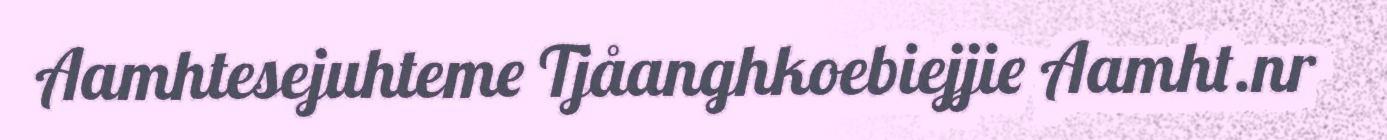
Aamhtesejuhteme Tjåanghkoebiejjie Aamht.nr